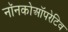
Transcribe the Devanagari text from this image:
नॉनकोऑपरेटिव